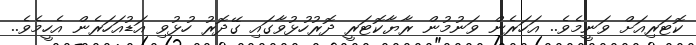
ކޮޓަރިއަށް ވަނީމެވެ.. އަހަރެން ވަނުމުން ރާޔާކޮޓަރީ ދޮރުހުޅުވާގައި ގޭދޮރު ހުޅުވި އަޑުއަހަރެން އެހީމެވެ..